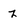
Character: z